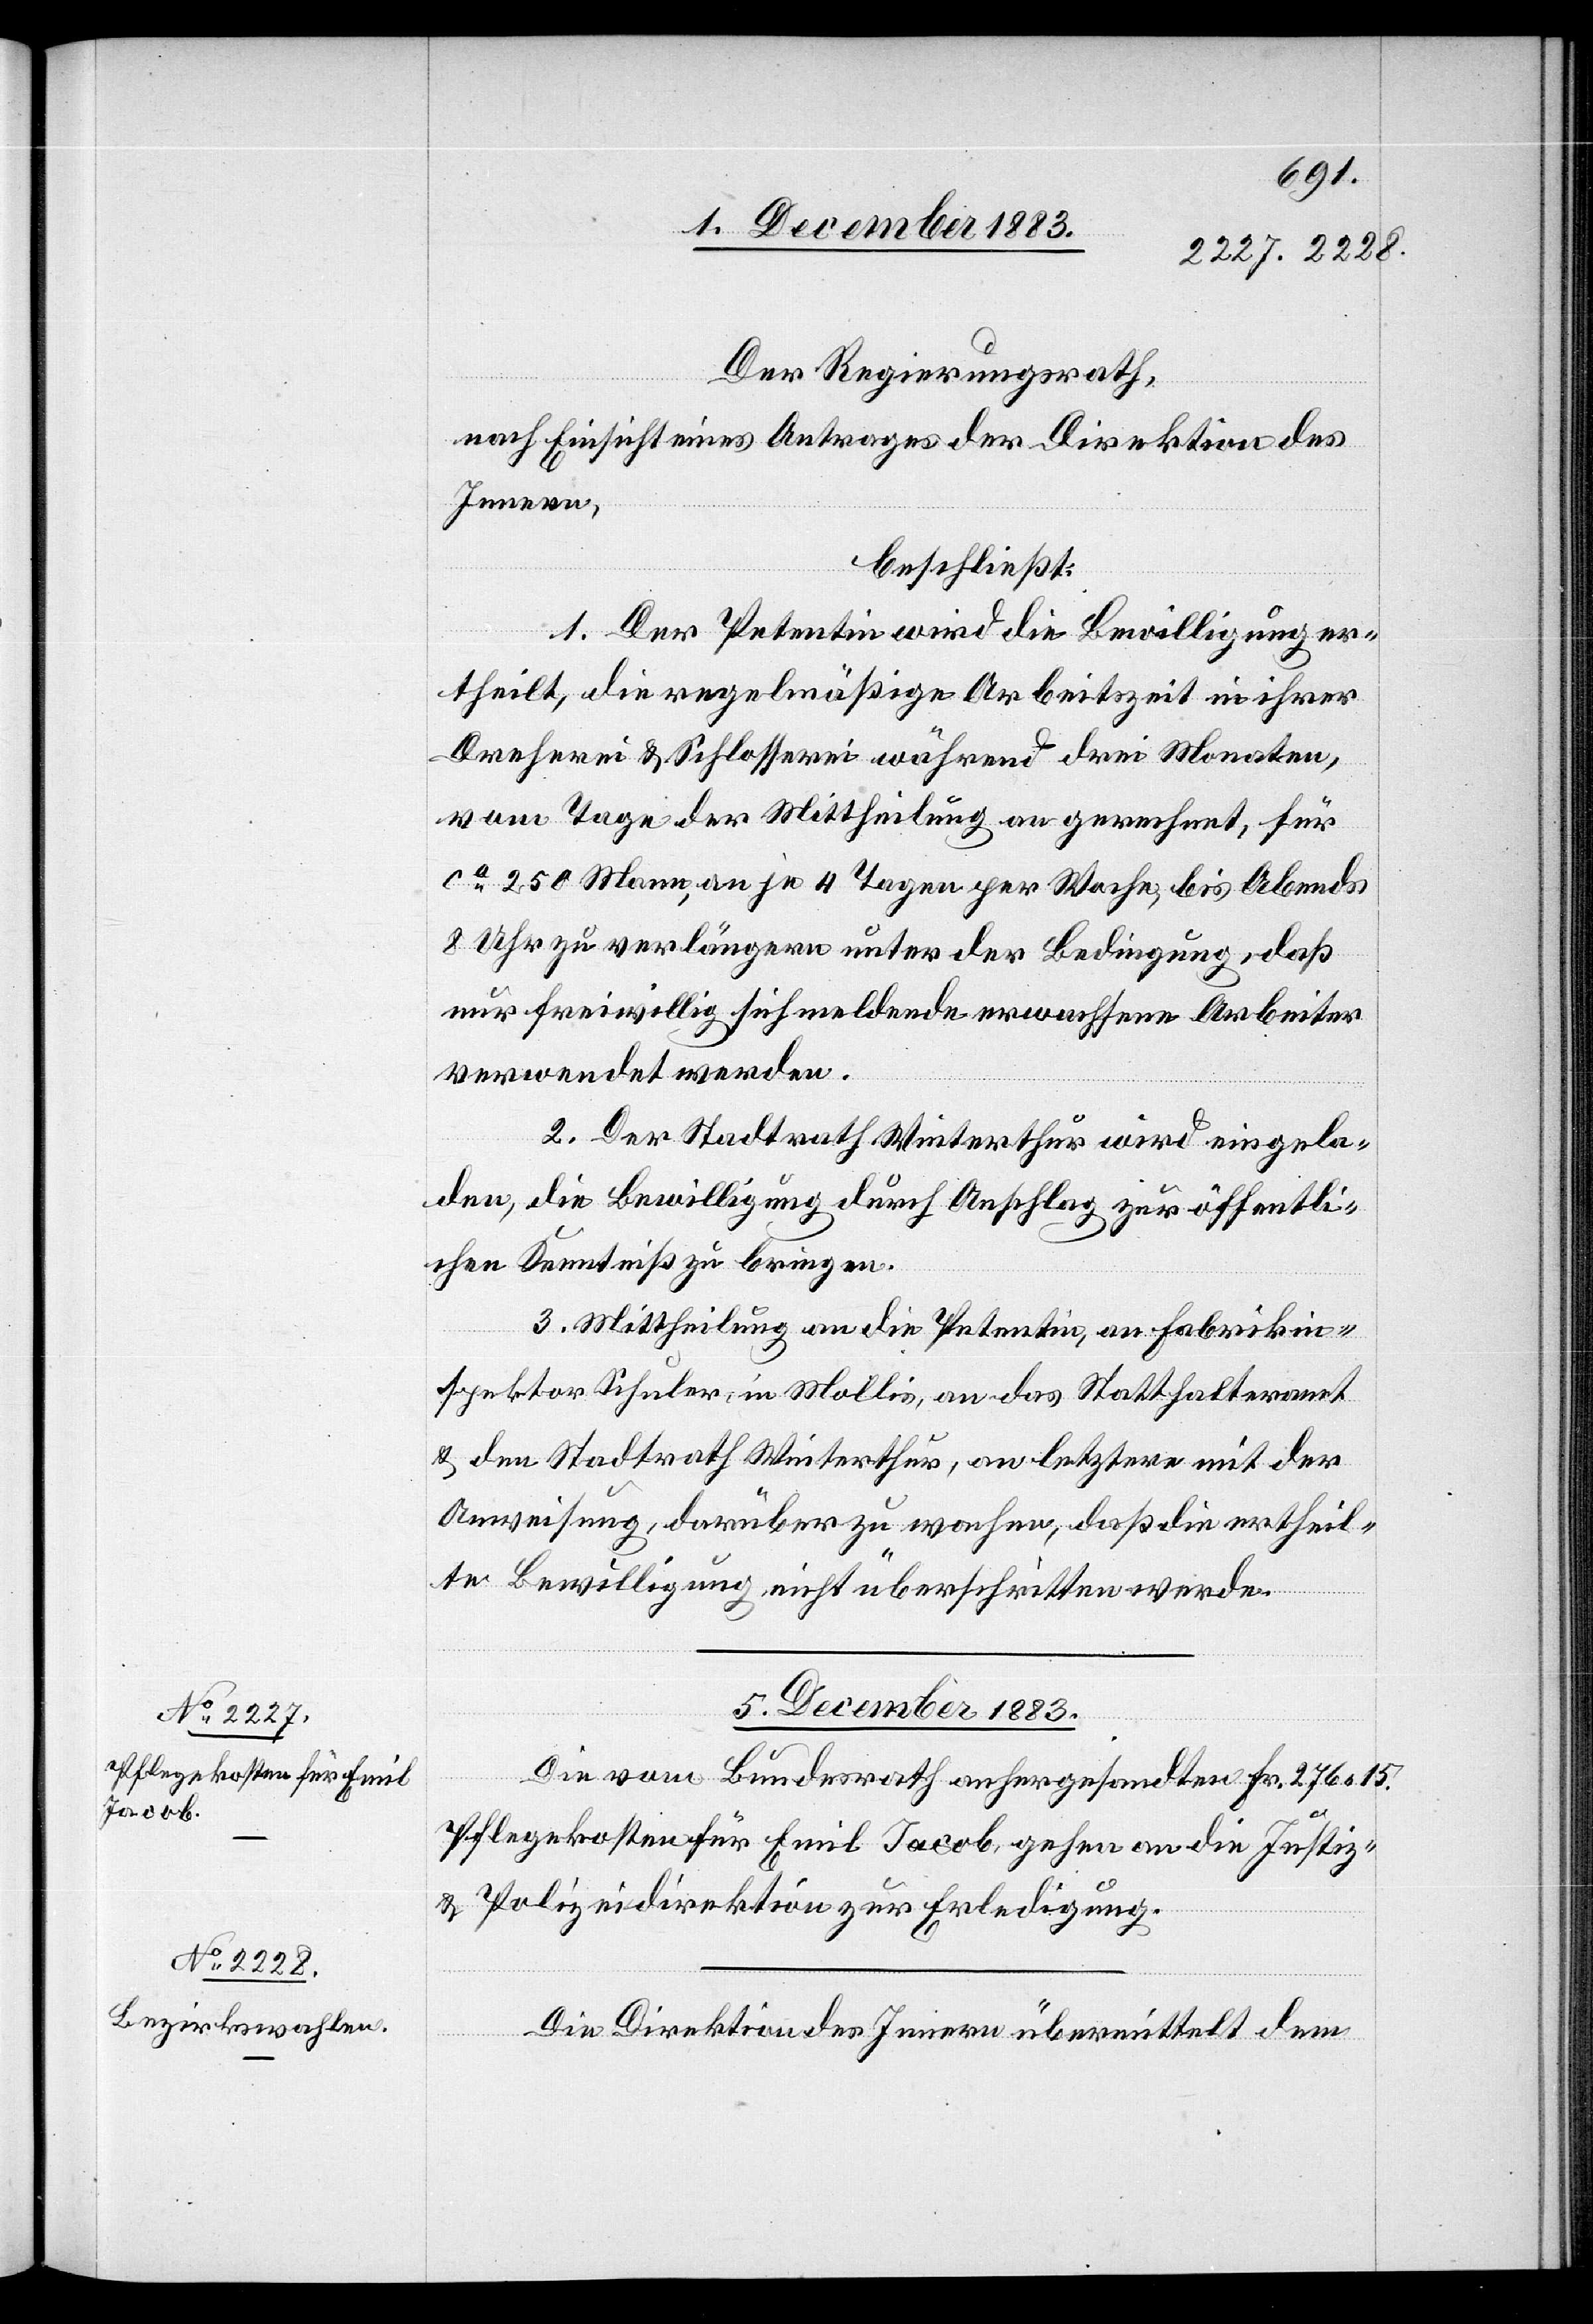
Der Regierungsrath,
nach Einsicht eines Antrages der Direktion des
Innern,
beschließt:
1. Der Petentin wird die Bewilligung er¬
theilt, die regelmäßige Arbeitszeit in ihrer
Dreherei & Schlosserei während drei Monaten,
vom Tage der Mittheilung an gerechnet, für
ca 250 Mann, an je 4 Tagen per Woche, bis Abends
8 Uhr zu verlängern unter der Bedingung, daß
nur freiwillig sich meldende erwachsene Arbeiter
verwendet werden.
2. Der Stadtrath Winterthur wird eingela¬
den, die Bewilligung durch Anschlag zur öffentli¬
chen Kenntniß zu bringen.
3. Mittheilung an die Petentin, an Fabrikin¬
spektor Schuler, in Mollis, an das Statthalteramt
& den Stadtrath Winterthur, an letztere mit der
Anweisung, darüber zu wachen, daß die ertheil¬
te Bewilligung nicht überschritten werde.
5. December 1883.]
Die vom Bundesrath anhergesandten Fr. 276 15.
Pflegekosten für Emil Jacob, gehen an die Justiz-
& Polizeidirektion zur Erledigung.
Die Direktion des Innern übermittelt dem